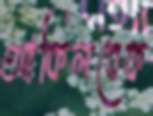
আকিলবেক